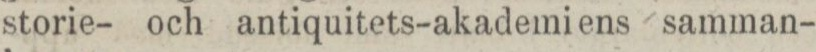
storie- och antiquitets-akademiens samman-